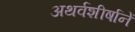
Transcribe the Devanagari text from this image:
अथर्वशीर्षानें